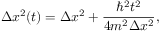
\Delta x ^ { 2 } ( t ) = \Delta x ^ { 2 } + \frac { \hbar ^ { 2 } t ^ { 2 } } { 4 m ^ { 2 } \Delta x ^ { 2 } } ,